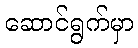
ဆောင်ရွက်မှာ